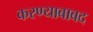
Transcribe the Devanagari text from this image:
करण्याबाबद